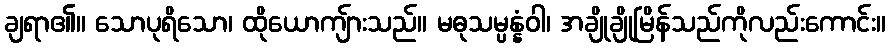
ချရာ၏။ သောပုရိသော၊ ထိုယောကျ်ားသည်။ မဓုသမ္ပန္နံဝါ၊ အချိုချိုမြိန်သည်ကိုလည်းကောင်း။